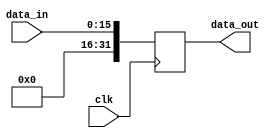
module SymEx26(clk, data_in, data_out);

// parameter              data_bits = 4;
input                  clk;
input    [15:0]        data_in;
output   [31:0]        data_out;

reg      [31:0]        data_reg;

always @(posedge clk) begin

    data_reg [25:0] = data_in;
    data_reg [31:26] = 6'b000000;

end

assign  data_out = data_reg;

endmodule